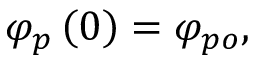
\varphi _ { p } \left( 0 \right) = \varphi _ { p o } ,